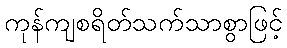
ကုန်ကျစရိတ်သက်သာစွာဖြင့်